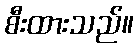
စီးထားသည်။